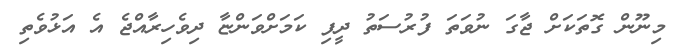
މިނޫން ގޮތަކަށް ޖާގަ ނުވަތަ ފުރުސަތު ދީފި ކަމަށްވަންޏާ ދިވެހިރާއްޖެ އެ އަޅުވެތި